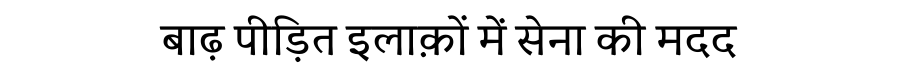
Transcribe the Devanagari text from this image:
बाढ़ पीड़ित इलाक़ों में सेना की मदद